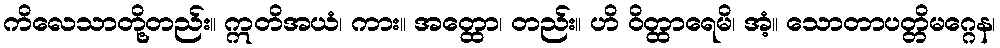
ကိလေသာတို့တည်း။ ဣတိအယံ၊ ကား။ အတ္ထော၊ တည်း။ ဟိ ဝိတ္ထာရေမိ၊ အံ့။ သောတာပတ္တိမဂ္ဂေန၊